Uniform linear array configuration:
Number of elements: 32
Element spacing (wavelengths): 1
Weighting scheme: hamming
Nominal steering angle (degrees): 15
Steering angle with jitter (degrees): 16.38
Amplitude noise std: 0.05
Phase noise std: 0.05

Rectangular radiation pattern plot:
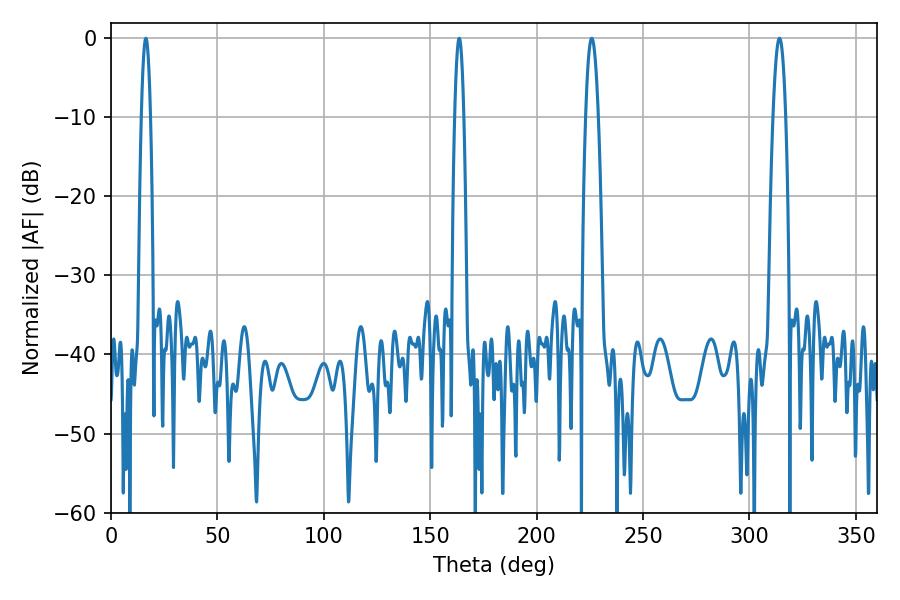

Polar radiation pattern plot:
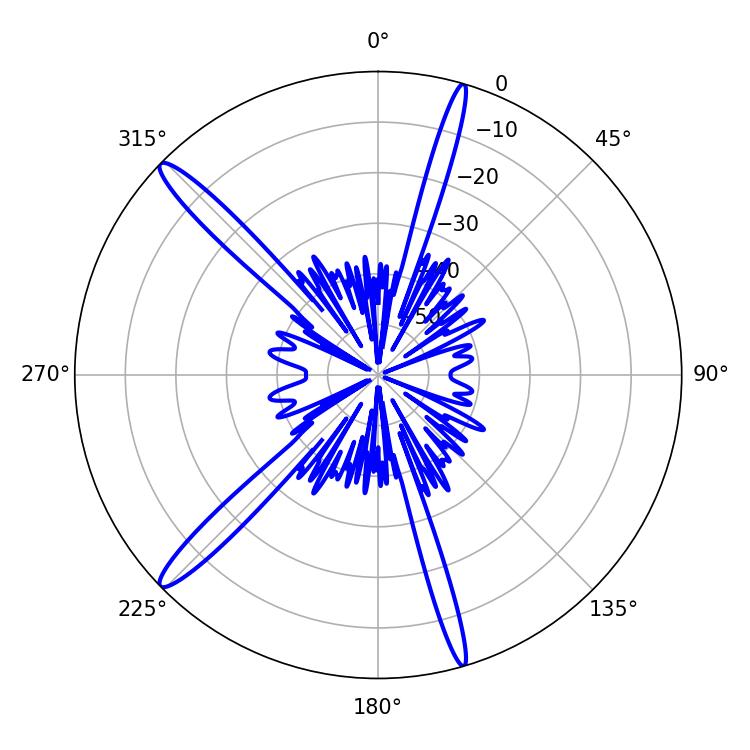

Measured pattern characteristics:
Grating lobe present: TRUE
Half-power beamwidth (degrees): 2.16
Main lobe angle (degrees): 16.38